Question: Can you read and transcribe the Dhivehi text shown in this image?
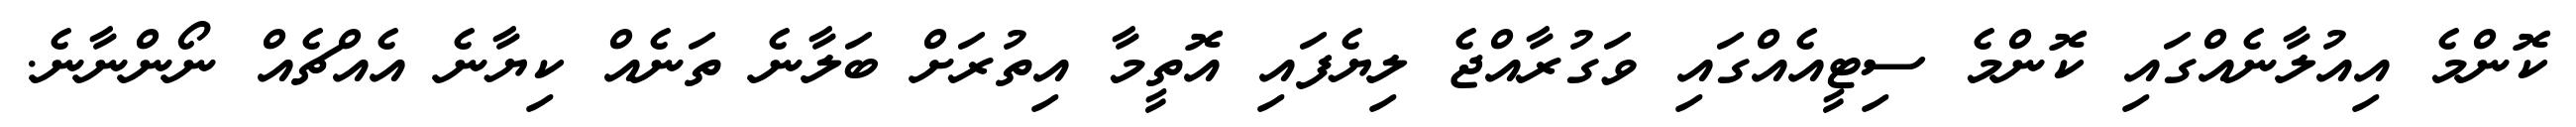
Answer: ކޮންމެ އިއުލާނެއްގައި ކޮންމެ ސިޓީއެއްގައި ވަގުރާއްޖެ ލިޔެފައި އޮތީމާ އިތުރަށް ބަލާނެ ތަނެއް ކިޔާނެ އެއްޗެއް ނޯންނާނެ.